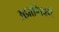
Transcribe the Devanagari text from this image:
अप्राणिवर्ग